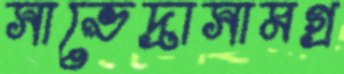
সাভেদ্রাসামগ্র